Plague in India, 1896, 1897 - Volume 1
Year: 1896
Disease focus: Plague
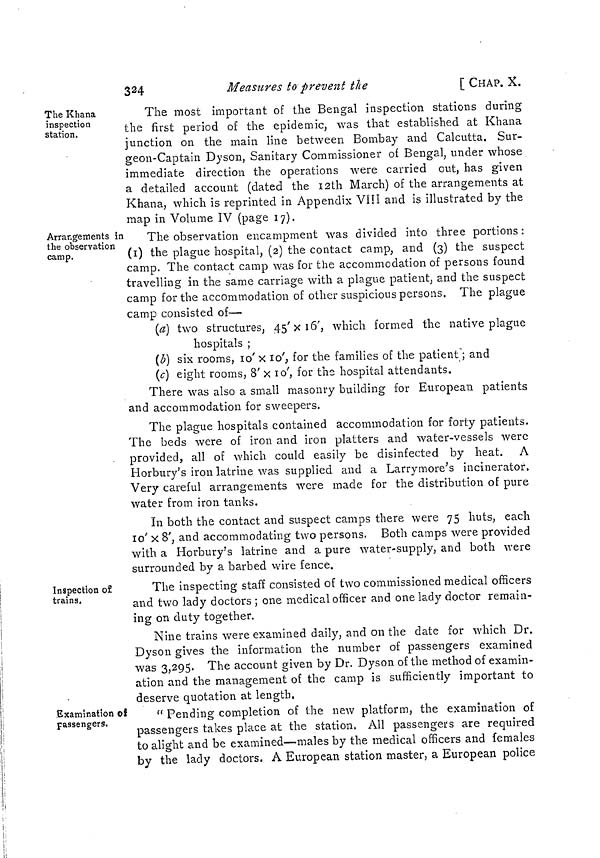
324
Measures to prevent the
[ CHAP. X.
The Khana
inspection
station.
The most important of the Bengal inspection stations during
the first period of the epidemic, was that established at Khana
junction on the main line between Bombay and Calcutta. Sur-
geon-Captain Dyson, Sanitary Commissioner of Bengal, under whose
immediate direction the operations were carried out, has given
a detailed account (dated the 12th March) of the arrangements at
Khana, which is reprinted in Appendix VIII and is illustrated by the
map in Volume IV (page 17).
Arrangements in
the observation
camp.
The observation encampment was divided into three portions:
(1) the plague hospital, (2) the contact camp, and (3) the suspect
camp. The contact camp was for the accommodation of persons found
travelling in the same carriage with a plague patient, and the suspect
camp for the accommodation of other suspicious persons. The plague
camp consisted of—
(a) two structures, 45' x 16', which formed the native plague
hospitals ;
(b) six rooms, 10' x 10', for the families of the patient'; and
(c) eight rooms, 8' x 10', for the hospital attendants.
There was also a small masonry building for European patients
and accommodation for sweepers.
The plague hospitals contained accommodation for forty patients.
The beds were of iron and iron platters and water-vessels were
provided, all of which could easily be disinfected by heat. A
Horbury's iron latrine was supplied and a Larrymore's incinerator.
Very careful arrangements were made for the distribution of pure
water from iron tanks.
In both the contact and suspect camps there were 75 huts, each
10' x 8', and accommodating two persons. Both camps were provided
with a Horbury's latrine and a pure water-supply, and both were
surrounded by a barbed wire fence.
Inspection of
trains.
The inspecting staff consisted of two commissioned medical officers
and two lady doctors ; one medical officer and one lady doctor remain-
ing on duty together.
Nine trains were examined daily, and on the date for which Dr.
Dyson gives the information the number of passengers examined
was 3,295. The account given by Dr. Dyson of the method of examin-
ation and the management of the camp is sufficiently important to
deserve quotation at length.
Examination of
passengers.
" Pending completion of the new platform, the examination of
passengers takes place at the station. All passengers are required
to alight and be examined—males by the medical officers and females
by the lady doctors. A European station master, a European police